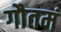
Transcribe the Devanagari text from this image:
गौतमं